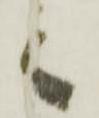
之